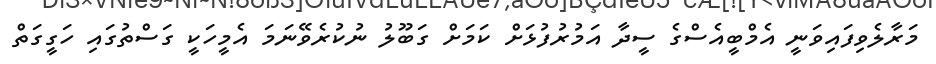
މަރާލެވިފައިވަނީ އެމްބީއެސްގެ ސީދާ އަމުރުފުޅަށް ކަމަށް ގަބޫލު ނުކުރެވޭނަމަ އެމީހަކީ ގަސްތުގައި ހަގީގަތް